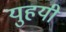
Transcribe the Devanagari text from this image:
युहयी